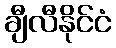
ချီလီနိုင်ငံ